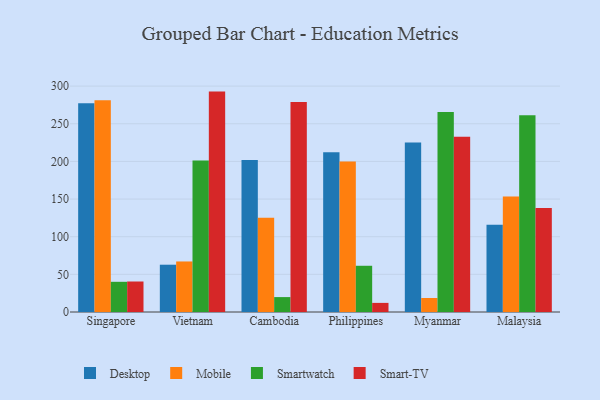
{"axis": {"x": "Country", "y": "Waste Production (Tons)"}, "legend": ["Desktop", "Mobile", "Smart-TV", "Smartwatch"], "data": [{"x": "Singapore", "y": 277.1, "type": "Desktop"}, {"x": "Singapore", "y": 281.2, "type": "Mobile"}, {"x": "Singapore", "y": 40.1, "type": "Smartwatch"}, {"x": "Singapore", "y": 40.5, "type": "Smart-TV"}, {"x": "Vietnam", "y": 62.8, "type": "Desktop"}, {"x": "Vietnam", "y": 67.1, "type": "Mobile"}, {"x": "Vietnam", "y": 201.3, "type": "Smartwatch"}, {"x": "Vietnam", "y": 292.7, "type": "Smart-TV"}, {"x": "Cambodia", "y": 202.0, "type": "Desktop"}, {"x": "Cambodia", "y": 125.3, "type": "Mobile"}, {"x": "Cambodia", "y": 19.8, "type": "Smartwatch"}, {"x": "Cambodia", "y": 278.8, "type": "Smart-TV"}, {"x": "Philippines", "y": 212.0, "type": "Desktop"}, {"x": "Philippines", "y": 200.0, "type": "Mobile"}, {"x": "Philippines", "y": 61.4, "type": "Smartwatch"}, {"x": "Philippines", "y": 12.1, "type": "Smart-TV"}, {"x": "Myanmar", "y": 225.0, "type": "Desktop"}, {"x": "Myanmar", "y": 18.6, "type": "Mobile"}, {"x": "Myanmar", "y": 265.6, "type": "Smartwatch"}, {"x": "Myanmar", "y": 232.8, "type": "Smart-TV"}, {"x": "Malaysia", "y": 116.0, "type": "Desktop"}, {"x": "Malaysia", "y": 153.5, "type": "Mobile"}, {"x": "Malaysia", "y": 261.2, "type": "Smartwatch"}, {"x": "Malaysia", "y": 138.1, "type": "Smart-TV"}]}